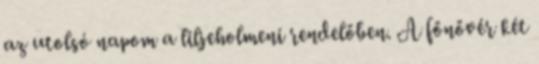
az utolsó napom a liljeholmeni rendelőben. A főnővér két